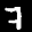
Label: 7